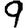
Digit: 9